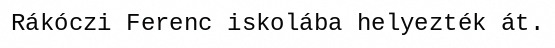
Rákóczi Ferenc iskolába helyezték át.